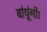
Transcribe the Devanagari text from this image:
बांधूंगी।